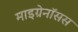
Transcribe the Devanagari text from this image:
माइग्रेनॉसस